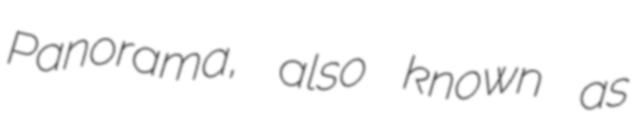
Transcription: Panorama, also known as